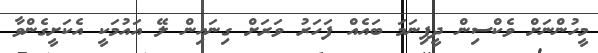
މީހުންނަށް ވެކްސިން ދީފިނަމަ ބައެއް ފަހަރު ވަރަށް ގިނައިން ލޭ އައުމަކީ އެކަށީގެންވާ